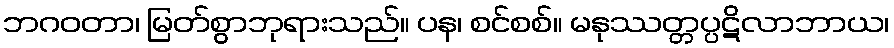
ဘဂဝတာ၊ မြတ်စွာဘုရားသည်။ ပန၊ စင်စစ်။ မနုဿတ္တပ္ပဋိလာဘာယ၊